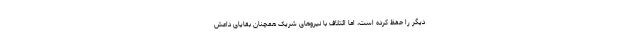
دیگر را حفظ کرده است، اما ائتلاف با نیروهای شریک همچنان بقایای داعش